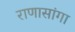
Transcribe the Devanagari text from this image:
राणासांगा